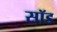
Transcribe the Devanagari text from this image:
सॉड